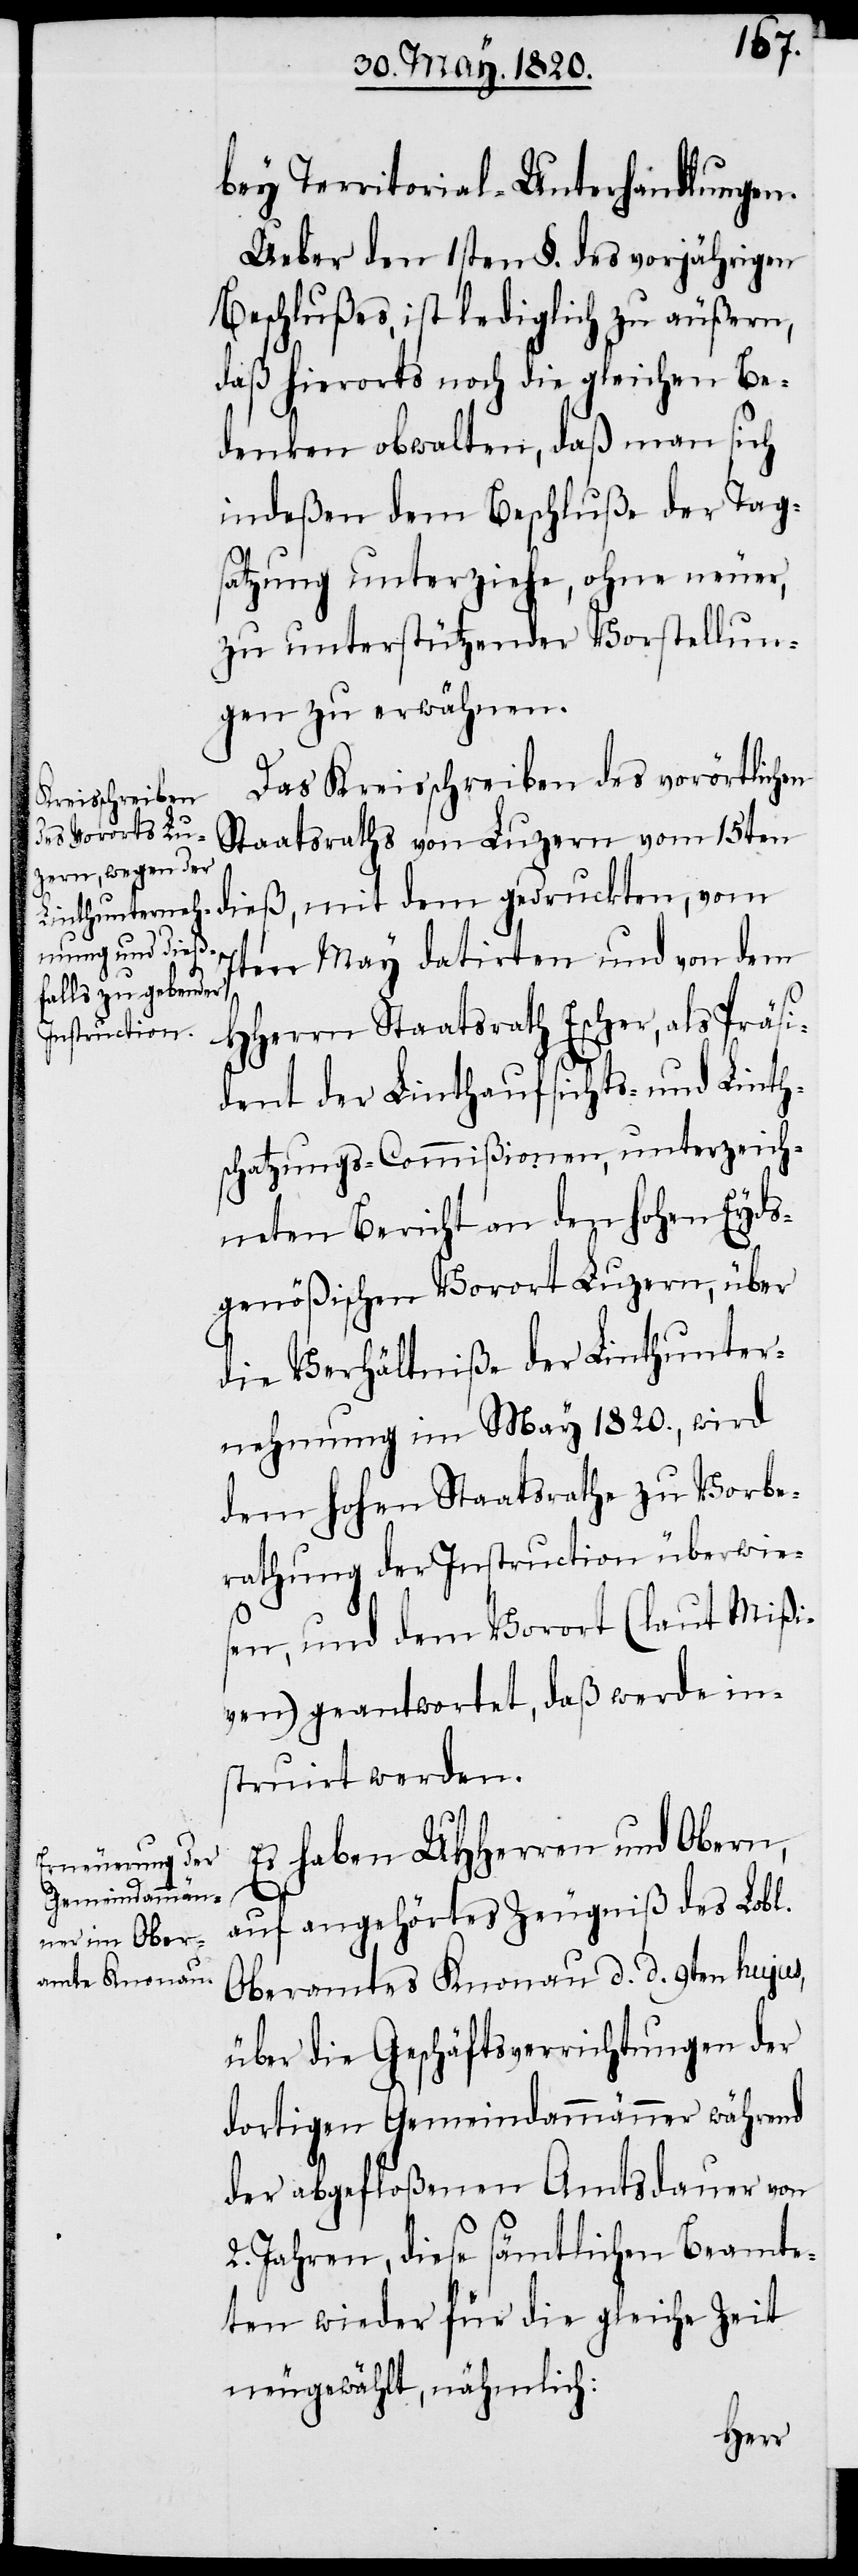
bey Territorial-Unterhandlungen.
Ueber den 1sten §. des vorjährigen
Beschlußes, ist lediglich zu äußern,
daß hierorts noch die gleichen Be¬
denken obwalten, daß man sich
indeß dem Beschluße der Tag¬
satzung unterziehe, ohne neuer,
zu unterstützender Vorstellun¬
gen zu erwähnen.
Das Kreisschreiben des vorörtlichen
Staatsraths von Luzern vom 15ten
dieß, mit dem gedruckten, vom
7ten May datirten und von dem
Hherrn Staatsrath Escher, als Präsi¬
dent der Linthaufsichts- und Linth¬
schatzungs-Commißionen, unterzeich¬
neten Bericht an den hohen Eyds¬
genößischen Vorort Luzern, über
die Verhältniße der Linthunter¬
nehmung im May 1820., wird
dem hohen Staatsrathe zu Vorbe¬
rathung der Instruction überwie¬
sen, und dem Vorort (laut Mißi¬
ven) geantwortet, daß werde in¬
struirt werden.
Es haben UHHerren und Obern,
auf angehörtes Zeugniß des Lobl.
Oberamtes Knonau d. d. 9ten hujus,
über die Geschäftsverrichtungen der
dortigen Gemeindammänner während
der abgefloßenen Amtsdauer von
2. Jahren, diese sämtlichen Beamte¬
ten wieder für die gleiche Zeit
neugewählt, nämlich: